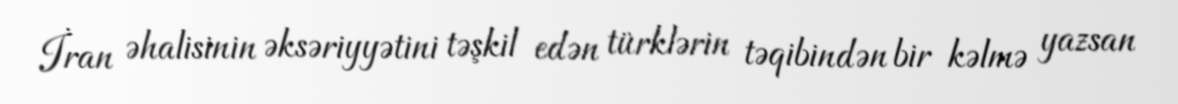
İran əhalisinin əksəriyyətini təşkil edən türklərin təqibindən bir kəlmə yazsan